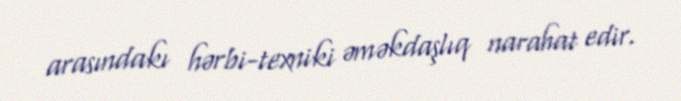
arasındakı hərbi-texniki əməkdaşlıq narahat edir.